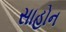
સાહોન